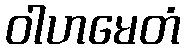
ဝါဟမေတံ